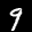
Label: 9